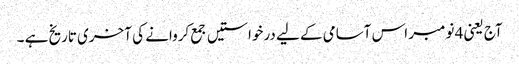
آج یعنی 4 نومبر اس آسامی کے لیے درخواستیں جمع کروانے کی آخری تاریخ ہے ۔